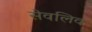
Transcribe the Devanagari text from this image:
सेवलिव